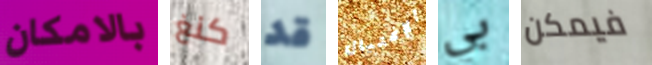
بالامكان كنغ قد الإغتيال بي فيمكن